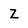
Character: Z